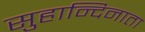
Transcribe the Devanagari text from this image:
सुहान्दिनाता